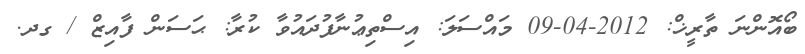
ބޯއޮންނަ ތާރީޚް: 2012-04-09 މައްސަލަ: އިސްތިޢުނާފުދައުވާ ކުރާ: ޙަސަން ފާއިޒް / ގދ.